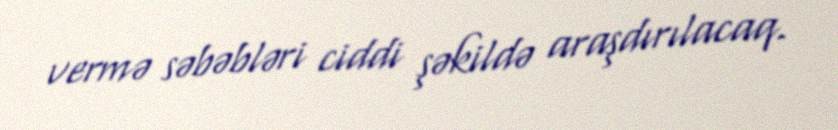
vermə səbəbləri ciddi şəkildə araşdırılacaq.